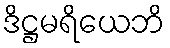
ဒိဋ္ဌမရိယေဘိ